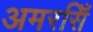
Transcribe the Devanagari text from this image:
अमरसिँ